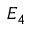
E _ { 4 }